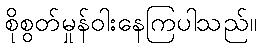
စိုစွတ်မှုန်ဝါးနေကြပါသည်။